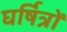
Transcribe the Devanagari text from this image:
घर्षित्रों